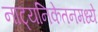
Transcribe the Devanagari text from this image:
नाट्यनिकेतनमध्ये